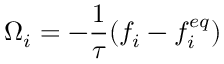
\Omega _ { i } = - \frac { 1 } { \tau } ( f _ { i } - f _ { i } ^ { e q } )